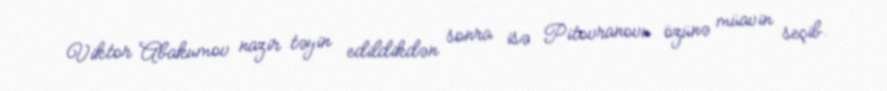
Viktor Abakumov nazir təyin edildikdən sonra isə Pitovranovu özünə müavin seçib.